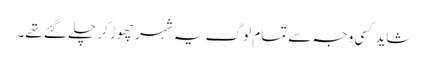
شاید کسی وجہ سے تمام لوگ یہ شہر چھوڑ کر چلے گئے تھے۔